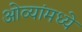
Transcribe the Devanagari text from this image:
ओव्यांमध्ये